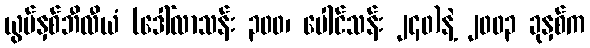
ယွမ်နှစ်ဘီလီယံ (ဒေါ်လာသန်း ၃၀၀၊ ပေါင်သန်း ၂၄၀)နဲ့ ၂၀၀၃ ခုနှစ်က